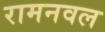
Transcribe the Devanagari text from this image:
रामनवल